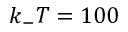
k _ { - } T = 1 0 0